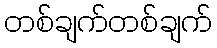
တစ်ချက်တစ်ချက်